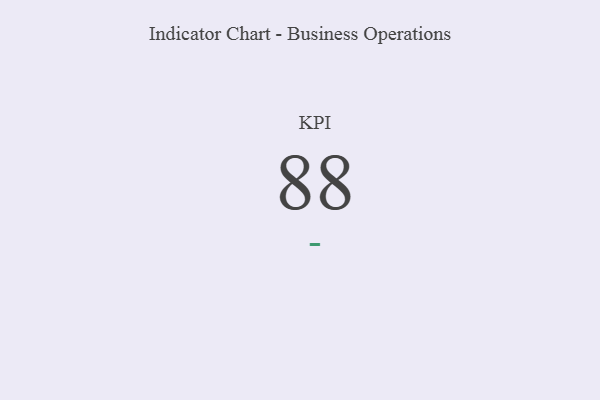
{"axis": {"x": "KPI", "y": "Value"}, "legend": [""], "data": [{"x": "KPI", "y": 88, "type": ""}]}